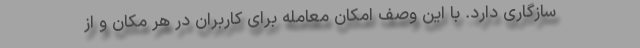
سازگاری دارد. با این وصف امکان معامله برای کاربران در هر مکان و از